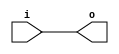
module bsg_array_concentrate_static_7_62
(
  i,
  o
);

  input [185:0] i;
  output [185:0] o;
  wire [185:0] o;
  assign o[185] = i[185];
  assign o[184] = i[184];
  assign o[183] = i[183];
  assign o[182] = i[182];
  assign o[181] = i[181];
  assign o[180] = i[180];
  assign o[179] = i[179];
  assign o[178] = i[178];
  assign o[177] = i[177];
  assign o[176] = i[176];
  assign o[175] = i[175];
  assign o[174] = i[174];
  assign o[173] = i[173];
  assign o[172] = i[172];
  assign o[171] = i[171];
  assign o[170] = i[170];
  assign o[169] = i[169];
  assign o[168] = i[168];
  assign o[167] = i[167];
  assign o[166] = i[166];
  assign o[165] = i[165];
  assign o[164] = i[164];
  assign o[163] = i[163];
  assign o[162] = i[162];
  assign o[161] = i[161];
  assign o[160] = i[160];
  assign o[159] = i[159];
  assign o[158] = i[158];
  assign o[157] = i[157];
  assign o[156] = i[156];
  assign o[155] = i[155];
  assign o[154] = i[154];
  assign o[153] = i[153];
  assign o[152] = i[152];
  assign o[151] = i[151];
  assign o[150] = i[150];
  assign o[149] = i[149];
  assign o[148] = i[148];
  assign o[147] = i[147];
  assign o[146] = i[146];
  assign o[145] = i[145];
  assign o[144] = i[144];
  assign o[143] = i[143];
  assign o[142] = i[142];
  assign o[141] = i[141];
  assign o[140] = i[140];
  assign o[139] = i[139];
  assign o[138] = i[138];
  assign o[137] = i[137];
  assign o[136] = i[136];
  assign o[135] = i[135];
  assign o[134] = i[134];
  assign o[133] = i[133];
  assign o[132] = i[132];
  assign o[131] = i[131];
  assign o[130] = i[130];
  assign o[129] = i[129];
  assign o[128] = i[128];
  assign o[127] = i[127];
  assign o[126] = i[126];
  assign o[125] = i[125];
  assign o[124] = i[124];
  assign o[123] = i[123];
  assign o[122] = i[122];
  assign o[121] = i[121];
  assign o[120] = i[120];
  assign o[119] = i[119];
  assign o[118] = i[118];
  assign o[117] = i[117];
  assign o[116] = i[116];
  assign o[115] = i[115];
  assign o[114] = i[114];
  assign o[113] = i[113];
  assign o[112] = i[112];
  assign o[111] = i[111];
  assign o[110] = i[110];
  assign o[109] = i[109];
  assign o[108] = i[108];
  assign o[107] = i[107];
  assign o[106] = i[106];
  assign o[105] = i[105];
  assign o[104] = i[104];
  assign o[103] = i[103];
  assign o[102] = i[102];
  assign o[101] = i[101];
  assign o[100] = i[100];
  assign o[99] = i[99];
  assign o[98] = i[98];
  assign o[97] = i[97];
  assign o[96] = i[96];
  assign o[95] = i[95];
  assign o[94] = i[94];
  assign o[93] = i[93];
  assign o[92] = i[92];
  assign o[91] = i[91];
  assign o[90] = i[90];
  assign o[89] = i[89];
  assign o[88] = i[88];
  assign o[87] = i[87];
  assign o[86] = i[86];
  assign o[85] = i[85];
  assign o[84] = i[84];
  assign o[83] = i[83];
  assign o[82] = i[82];
  assign o[81] = i[81];
  assign o[80] = i[80];
  assign o[79] = i[79];
  assign o[78] = i[78];
  assign o[77] = i[77];
  assign o[76] = i[76];
  assign o[75] = i[75];
  assign o[74] = i[74];
  assign o[73] = i[73];
  assign o[72] = i[72];
  assign o[71] = i[71];
  assign o[70] = i[70];
  assign o[69] = i[69];
  assign o[68] = i[68];
  assign o[67] = i[67];
  assign o[66] = i[66];
  assign o[65] = i[65];
  assign o[64] = i[64];
  assign o[63] = i[63];
  assign o[62] = i[62];
  assign o[61] = i[61];
  assign o[60] = i[60];
  assign o[59] = i[59];
  assign o[58] = i[58];
  assign o[57] = i[57];
  assign o[56] = i[56];
  assign o[55] = i[55];
  assign o[54] = i[54];
  assign o[53] = i[53];
  assign o[52] = i[52];
  assign o[51] = i[51];
  assign o[50] = i[50];
  assign o[49] = i[49];
  assign o[48] = i[48];
  assign o[47] = i[47];
  assign o[46] = i[46];
  assign o[45] = i[45];
  assign o[44] = i[44];
  assign o[43] = i[43];
  assign o[42] = i[42];
  assign o[41] = i[41];
  assign o[40] = i[40];
  assign o[39] = i[39];
  assign o[38] = i[38];
  assign o[37] = i[37];
  assign o[36] = i[36];
  assign o[35] = i[35];
  assign o[34] = i[34];
  assign o[33] = i[33];
  assign o[32] = i[32];
  assign o[31] = i[31];
  assign o[30] = i[30];
  assign o[29] = i[29];
  assign o[28] = i[28];
  assign o[27] = i[27];
  assign o[26] = i[26];
  assign o[25] = i[25];
  assign o[24] = i[24];
  assign o[23] = i[23];
  assign o[22] = i[22];
  assign o[21] = i[21];
  assign o[20] = i[20];
  assign o[19] = i[19];
  assign o[18] = i[18];
  assign o[17] = i[17];
  assign o[16] = i[16];
  assign o[15] = i[15];
  assign o[14] = i[14];
  assign o[13] = i[13];
  assign o[12] = i[12];
  assign o[11] = i[11];
  assign o[10] = i[10];
  assign o[9] = i[9];
  assign o[8] = i[8];
  assign o[7] = i[7];
  assign o[6] = i[6];
  assign o[5] = i[5];
  assign o[4] = i[4];
  assign o[3] = i[3];
  assign o[2] = i[2];
  assign o[1] = i[1];
  assign o[0] = i[0];

endmodule